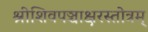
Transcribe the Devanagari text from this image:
श्रीशिवपञ्चाक्षरस्तोत्रम्